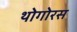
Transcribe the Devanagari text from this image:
थोगोरस